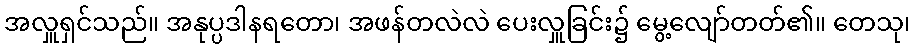
အလှူရှင်သည်။ အနုပ္ပဒါနရတော၊ အဖန်တလဲလဲ ပေးလှူခြင်း၌ မွေ့လျော်တတ်၏။ တေသု၊